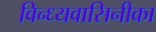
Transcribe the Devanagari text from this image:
विन्ध्यवासिनीका